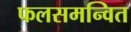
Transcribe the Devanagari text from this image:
फलसमन्वित